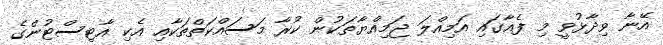
އޭނާ ވިދާޅުވީ މި ފެއާގައި އަމިއްލަ ޖަމިއްޔާތަކުން ކުރާ މަސައްކަތްތަކާއި އެކި އާޓިސްޓުންގެ